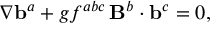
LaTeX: \nabla { \bf b } ^ { a } + g f ^ { a b c } \, { \bf B } ^ { b } \cdot { \bf b } ^ { c } = 0 ,